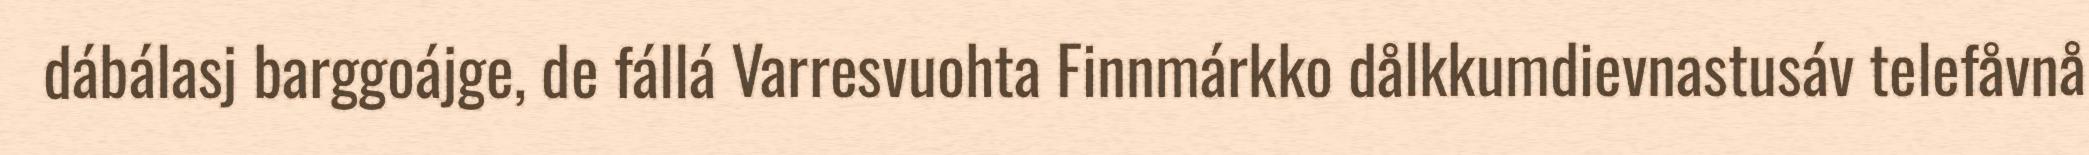
dábálasj barggoájge, de fállá Varresvuohta Finnmárkko dålkkumdievnastusáv telefåvnå